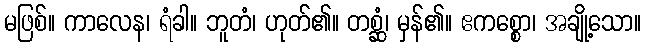
မဖြစ်။ ကာလေန၊ ရံခါ။ ဘူတံ၊ ဟုတ်၏။ တစ္ဆံ၊ မှန်၏။ ဧကစ္စော၊ အချို့သော။